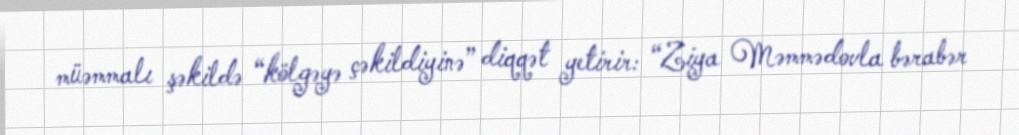
müəmmalı şəkildə “kölgəyə çəkildiyinə” diqqət yetirir: “Ziya Məmmədovla bərabər